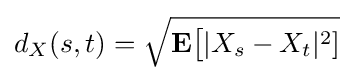
d_{X}(s,t)={\sqrt {\mathbf {E} {\big [}|X_{s}-X_{t}|^{2}]}}